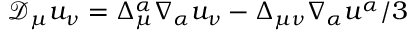
\mathcal { D } _ { \mu } u _ { \nu } = \Delta _ { \mu } ^ { \alpha } \nabla _ { \alpha } u _ { \nu } - \Delta _ { \mu \nu } \nabla _ { \alpha } u ^ { \alpha } / 3